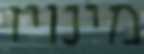
מינויו